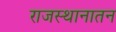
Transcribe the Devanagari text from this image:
राजस्थानातन